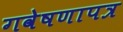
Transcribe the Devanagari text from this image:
गवेषणापत्र